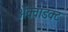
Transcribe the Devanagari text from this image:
ॲक्वाडक्ट